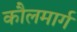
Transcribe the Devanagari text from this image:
कौलमार्ग